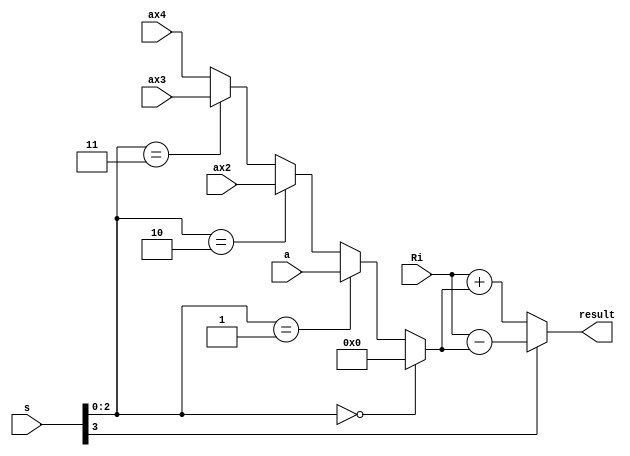
`timescale 1ns / 1ps
//////////////////////////////////////////////////////////////////////////////////

// High-speed instruction set coprocessor architecture for lattice-based cryptography. 
// Saber is implemented as a case study.
// The designers are Sujoy Sinha Roy and Andrea Basso. 

// Implementation by the designers, hereby denoted as "the implementer".

// To the extent possible under law, the implementer has waived all copyright
// and related or neighboring rights to the source code in this file.
// http://creativecommons.org/publicdomain/zero/1.0/

// The codes are for academic research use only and does not come with any support or any responsibility.

//////////////////////////////////////////////////////////////////////////////////

module small_alu1(Ri, s, a, ax2, ax3, ax4, result);
input [12:0] Ri, a, ax2, ax3, ax4;
input [3:0] s;
output [12:0] result;

wire [12:0] a_mul_s = s[2:0] == 3'd0 ? 13'd0
					: s[2:0] == 3'd1 ? a
					: s[2:0] == 3'd2 ? ax2
					: s[2:0] == 3'd3 ? ax3
					: ax4;
					
wire [12:0] result = s[3] ? Ri - a_mul_s : Ri + a_mul_s;

endmodule